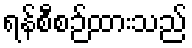
ရန်စီစဉ်ထားသည်